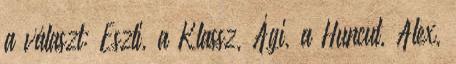
a választ: Eszti, a Klassz, Ági, a Huncut, Alex,